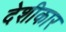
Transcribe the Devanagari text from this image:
देशीकार